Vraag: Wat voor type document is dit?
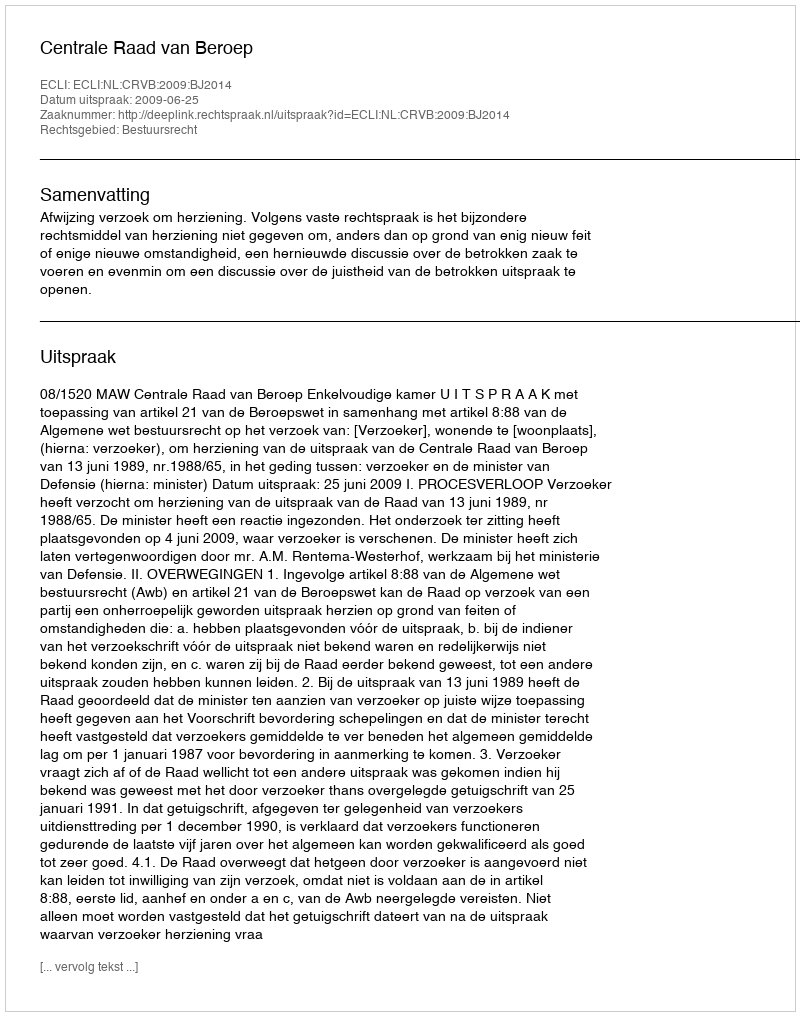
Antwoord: Uitspraak